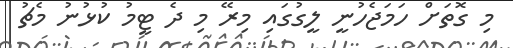
މި ގޮތަށް ހަމަޖެހުނީ ލީގުގައި މިރޭ މި ދެ ޓީމު ކުޅުނު މެޗު